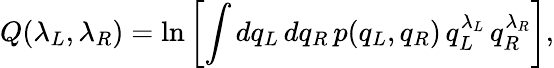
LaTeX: Q(\lambda_{L},\lambda_{R})=\ln\left[\int dq_{L}\, dq_{R}\, p(q_{L},q_{R})\, q_{L}^{\lambda_{L}}\, q_{R}^{\lambda_{R}}\right],